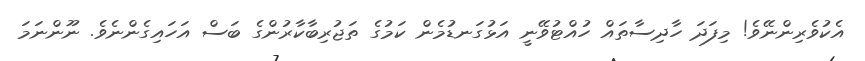
އެކުވެރިންނޭވެ! މިފަދަ ހާދިސާތައް ހުއްޓުވޭނީ އަޅުގަނޑުމެން ކަމުގެ ތަޖުރިބާކާރުންގެ ބަސް އަހައިގެންނެވެ. ނޫންނަމަ